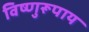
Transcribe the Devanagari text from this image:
विष्णुरूपाय